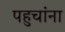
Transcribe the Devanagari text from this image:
पहुचांना